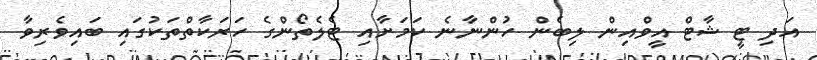
އަދި ޓީ ޝާޓް އީވްއިން ލިބެން ހުންނާނެ ކަމަށާއި ޓެލެތޯންގެ ހަރަކާތްތަކުގައި ބައިވެރިވާ